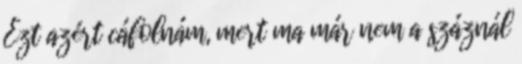
Ezt azért cáfolnám, mert ma már nem a száznál